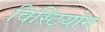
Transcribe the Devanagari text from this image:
विस्टियोन